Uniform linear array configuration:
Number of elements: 16
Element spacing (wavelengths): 0.25
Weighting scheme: uniform
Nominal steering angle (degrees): -60
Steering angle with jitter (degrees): -60.448
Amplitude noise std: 0.05
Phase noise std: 0.05

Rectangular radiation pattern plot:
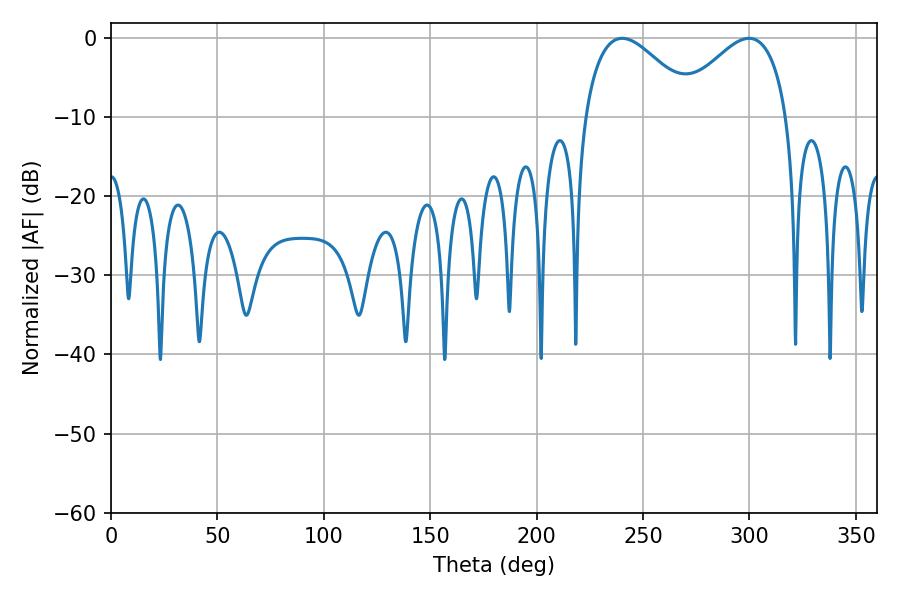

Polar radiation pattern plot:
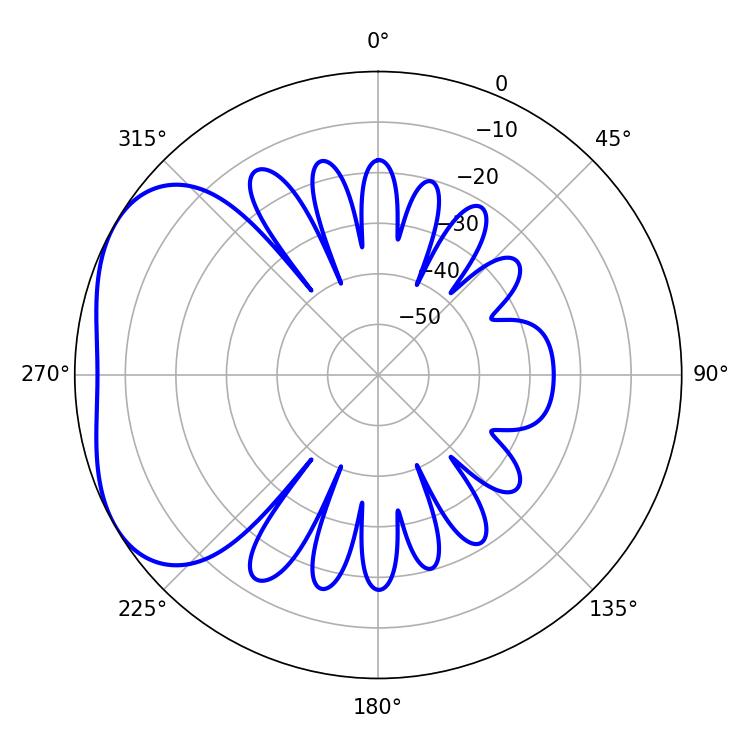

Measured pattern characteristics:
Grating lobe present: FALSE
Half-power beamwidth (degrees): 28.62
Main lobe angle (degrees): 240.12